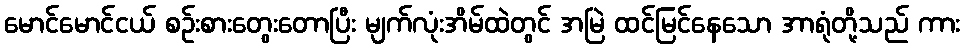
မောင်မောင်ငယ် စဉ်းစားတွေးတောပြီး မျက်လုံးအိမ်ထဲတွင် အမြဲ ထင်မြင်နေသော အာရုံတို့သည် ကား